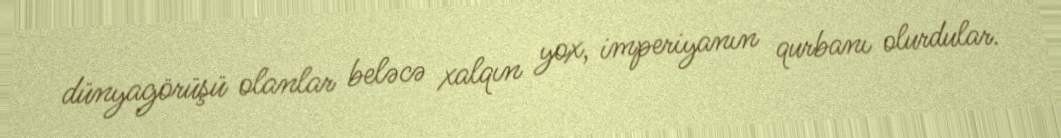
dünyagörüşü olanlar beləcə xalqın yox, imperiyanın qurbanı olurdular.